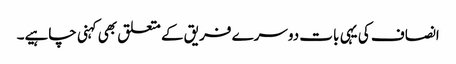
انصاف کی یہی بات دوسرے فریق کے متعلق بھی کہنی چاہیے۔